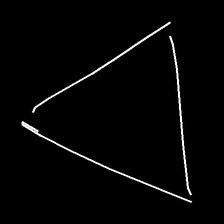
Glyph: convergence